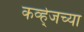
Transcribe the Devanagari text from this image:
कर्व्ह्जच्या